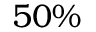
5 0 \%